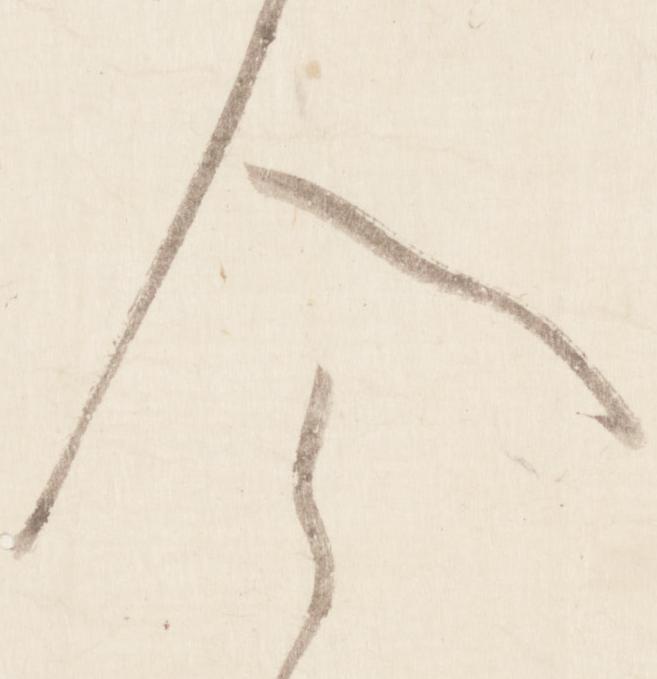
今